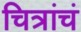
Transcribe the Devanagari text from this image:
चित्रांचं